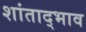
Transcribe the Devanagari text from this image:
शांताद्भाव